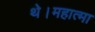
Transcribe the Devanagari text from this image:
थे।महात्मा